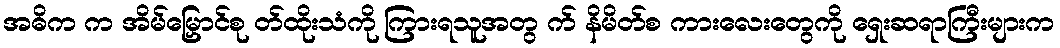
အဓိက က အိမ်မြှောင်စု တ်ထိုးသံကို ကြားရသူအတွ က် နိမိတ်စ ကားလေးတွေကို ရှေးဆရာကြီးများက